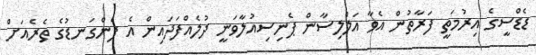
ޑެޑްސީގެ އިރުމަތީ ފަރާތުން އެވާ އަލްލިސާން ޕެނިސިއުލާވަނީ ދުލެއްފަދައިން އެ ފެންގަނޑުގެ ތެރެއަށް